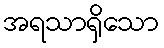
အရသာရှိသော